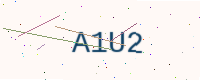
Text: A1U2